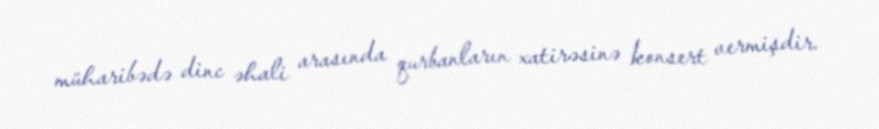
müharibədə dinc əhali arasında qurbanların xatirəsinə konsert vermişdir.